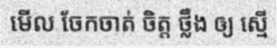
មើល ចែកចាត់ ចិត្ត ថ្លឹង ឲ្យ ស្មើ